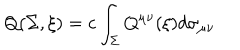
Q ( \Sigma , \xi ) = c \int _ { \Sigma } Q ^ { \mu \nu } ( \xi ) d \sigma _ { \mu \nu }